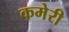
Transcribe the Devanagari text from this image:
कमेरी